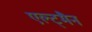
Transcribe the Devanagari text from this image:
एल्ट्मैन